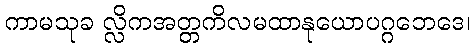
ကာမသုခ လ္လိကအတ္တကိလမထာနုယောပဂ္ဂဘေဒေ၊